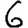
Digit: 6